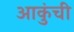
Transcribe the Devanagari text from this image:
आकुंची